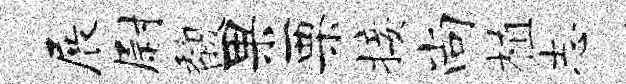
展尉馥果栗接尚植志